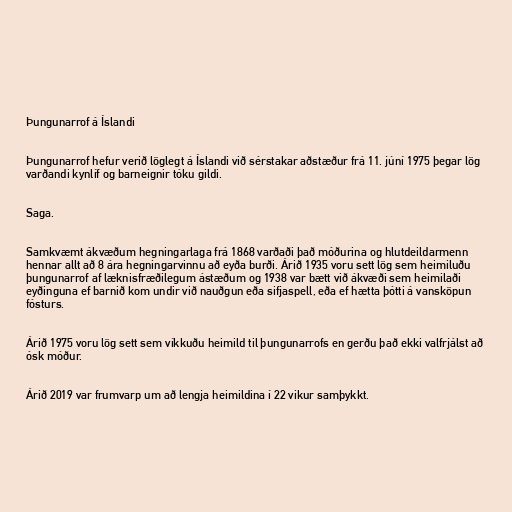
Þungunarrof á Íslandi

Þungunarrof hefur verið löglegt á Íslandi við sérstakar aðstæður frá 11. júní 1975 þegar lög
varðandi kynlíf og barneignir tóku gildi.

Saga.

Samkvæmt ákvæðum hegningarlaga frá 1868 varðaði það móðurina og hlutdeildarmenn
hennar allt að 8 ára hegningarvinnu að eyða burði. Árið 1935 voru sett lög sem heimiluðu
þungunarrof af læknisfræðilegum ástæðum og 1938 var bætt við ákvæði sem heimilaði
eyðinguna ef barnið kom undir við nauðgun eða sifjaspell, eða ef hætta þótti á vansköpun
fósturs.

Árið 1975 voru lög sett sem víkkuðu heimild til þungunarrofs en gerðu það ekki valfrjálst að
ósk móður.

Árið 2019 var frumvarp um að lengja heimildina í 22 vikur samþykkt.